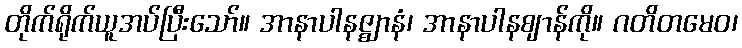
တိုက်ရိုက်ယူအပ်ပြီးသော်။ အာနာပါနဇ္ဈာနံ၊ အာနာပါနဈာန်ကို။ ဂတိတမေဝ၊